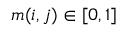
m ( i , j ) \in [ 0 , 1 ]